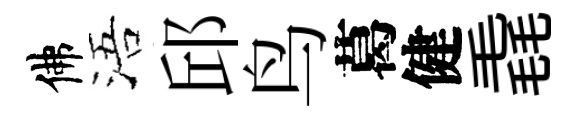
佛浯邱鸟葛健毳